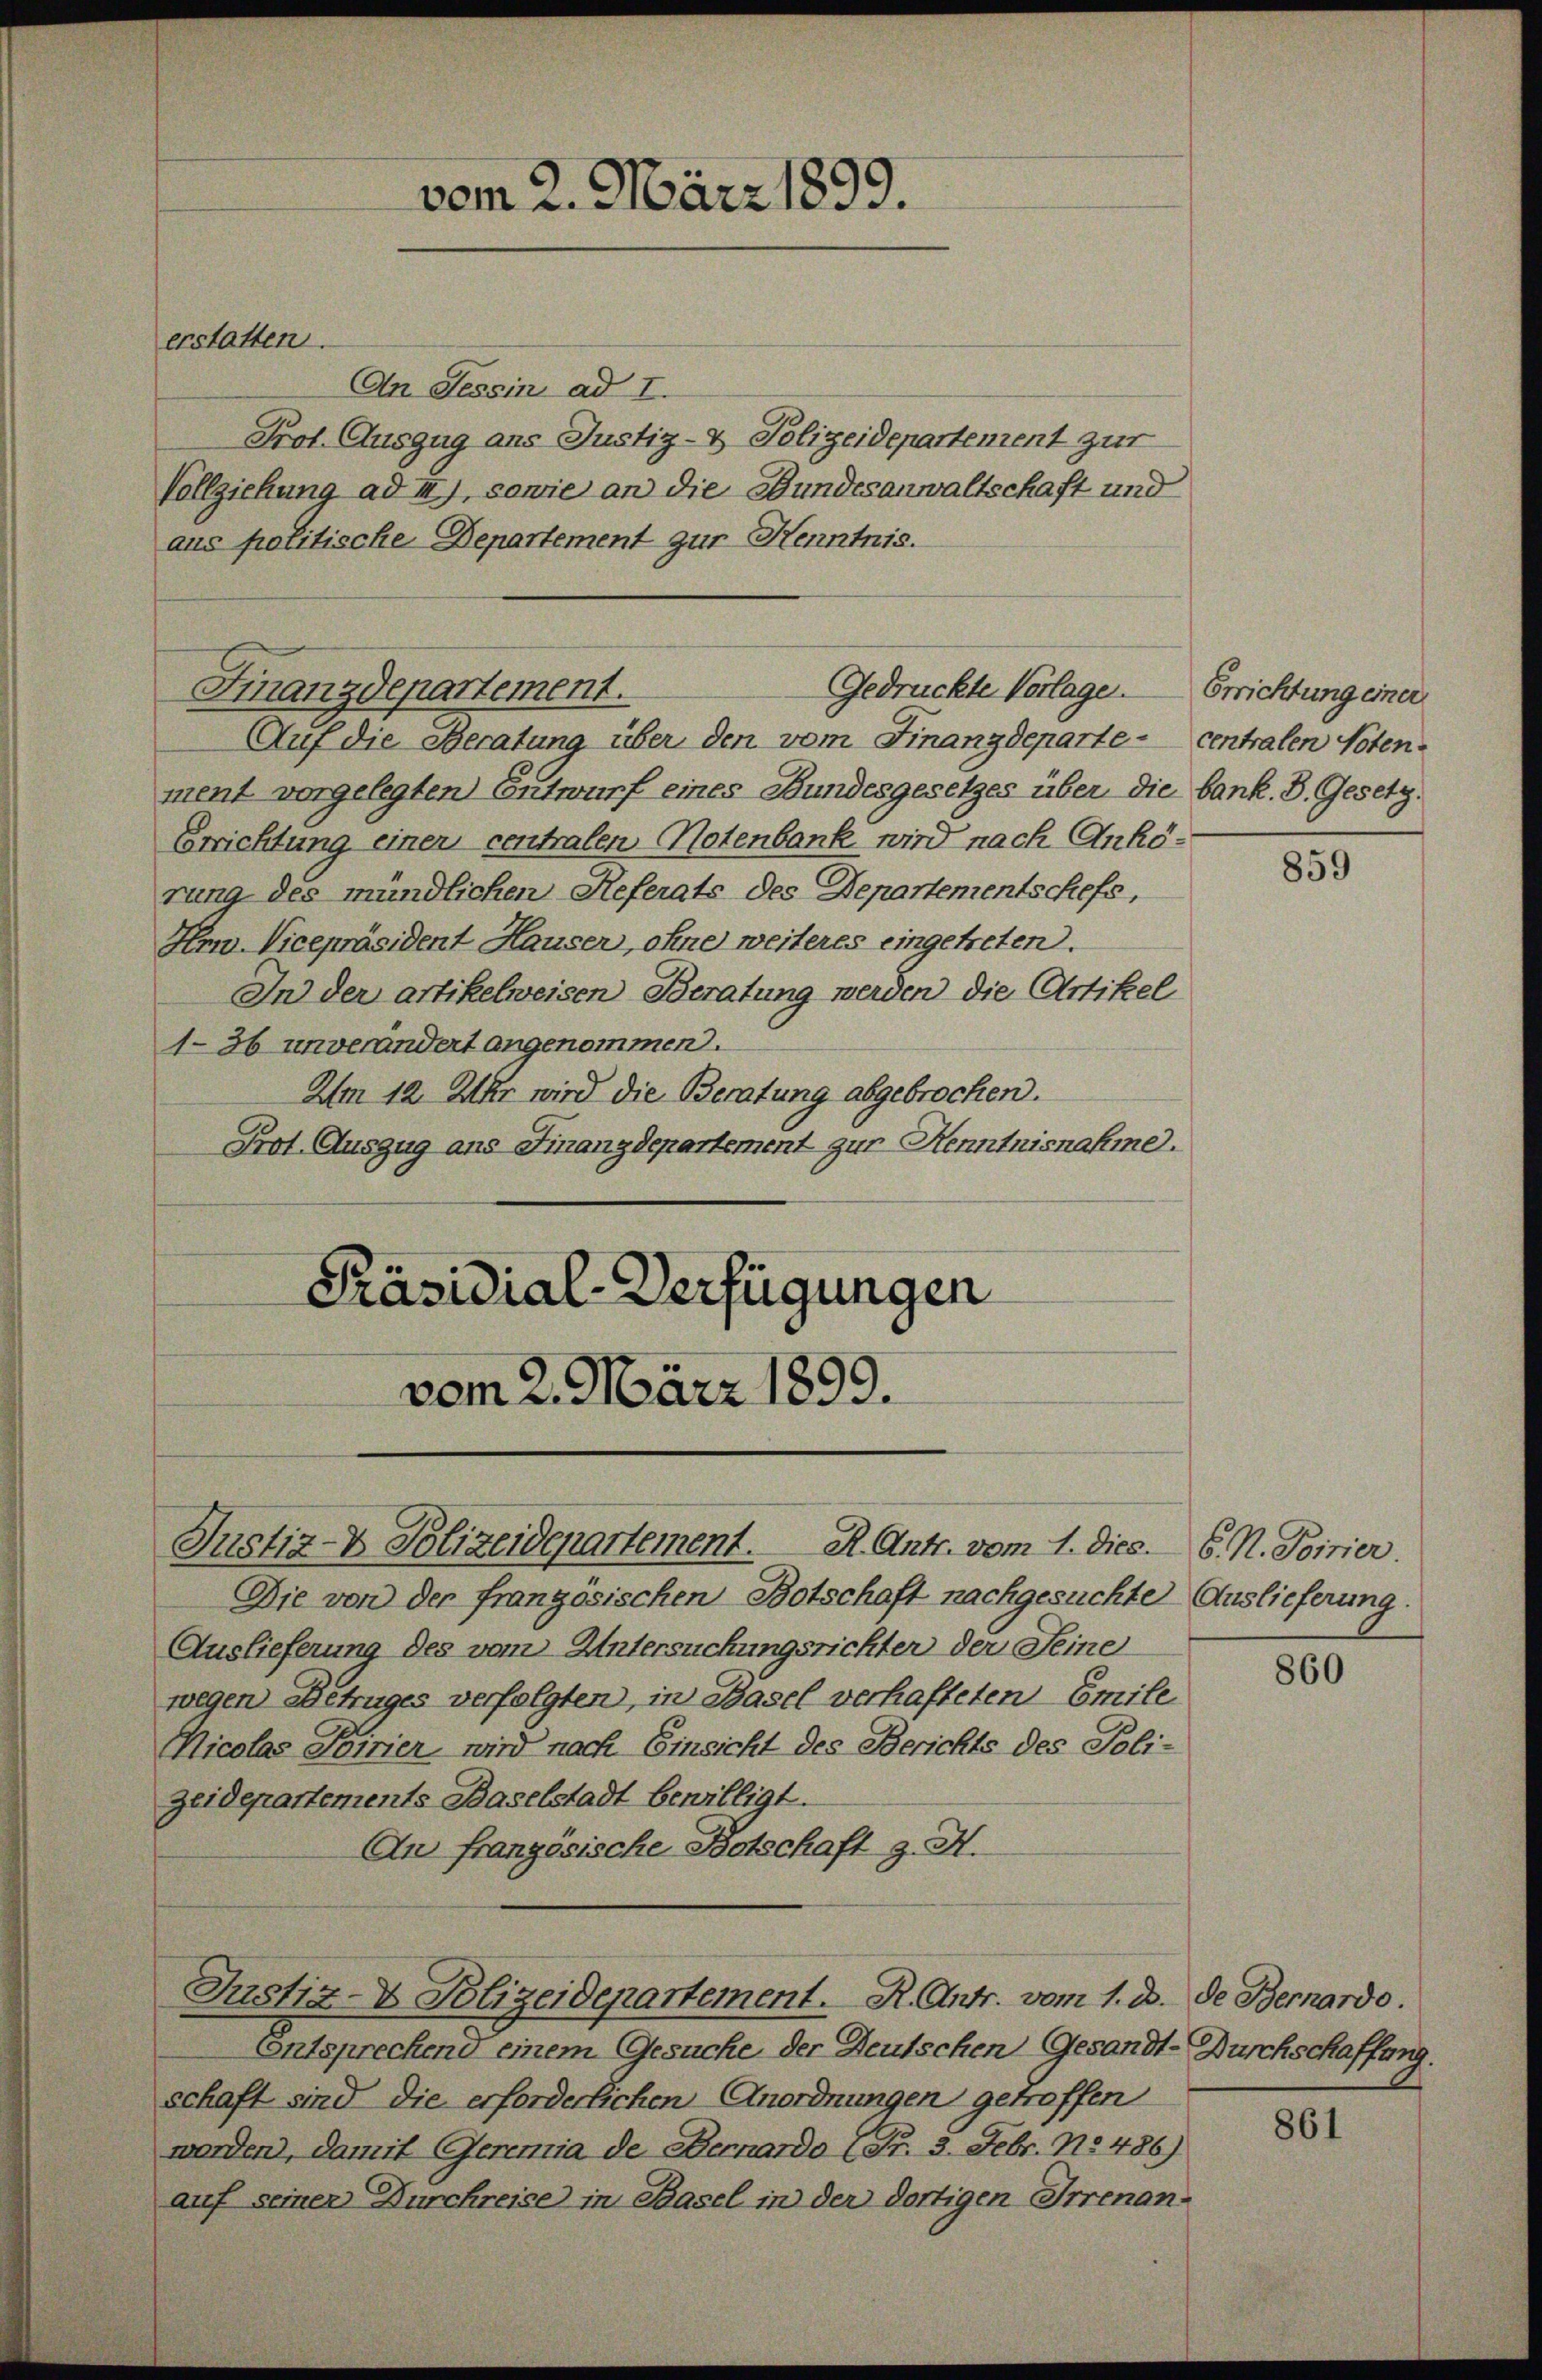
erstatten.

Gedrückte Vorlage.
Finanzdepartement.

vom 2. März 1899.

An Tessin ad I.
Prot. Auszug ans Justiz- & Polizeidepartement zur
Vollziehung ad II), sowie an die Bundesanwaltschaft und
aus politische Departement zur Kenntnis.
Auf die Beratung über den vom Finanzdeparte- centralen Voten.
ment vorgelegten Entwurf eines Bundesgesetzes über die bank. B. Gesetz¬
Errichtung einer centralen-Notenbank wird nach Anhörung des mündlichen Referats des Departementschefs,
Hn. Vicepräsident Hauser, ohne weiteres eingetreten.
In der artikelweisen Beratung werden die Artikel
1-36 unverändert angenommen.
Am 12. Uhr wird die Beratung abgebrochen.
Prot. Auszug ans Finanzdepartement zur Kenntnisnahme.
Präsidial-Verfügungen
vom 2. März 1899.

Justiz- & Polizeidepartement. R. Antr. vom 1. Dies.

Die von der französischen Botschaft nachgesuchte Auslieferung
Auslieferung des vom Untersuchungsrichter der Seine
wegen Betruges verfolgten, in Basel verhafteten Emile
Nicolas Toirier wird nach Einsicht des Berichts des Poli-
Zeidepartements Baselstadt bewilligt.
An französische Botschaft z. H.
Justiz- & Polizeidepartement. R. Antr. vom 1. ds. de Bernardo.
Entsprechend einem Gesuche der Deutschen Gesandt-Durchschaffung.
schaft sind die erforderlichen Anordnungen getroffen
werden, damit Geremia de Bernardo (Fr. 3. Febr. No. 486)
auf seiner Durchreise in Basel in der dortigen Irrenan-

Errichtung einer

859

6. N. Toirier.

860

861